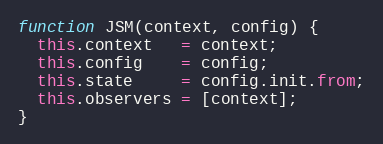
Language: JavaScript
function JSM(context, config) {
  this.context   = context;
  this.config    = config;
  this.state     = config.init.from;
  this.observers = [context];
}